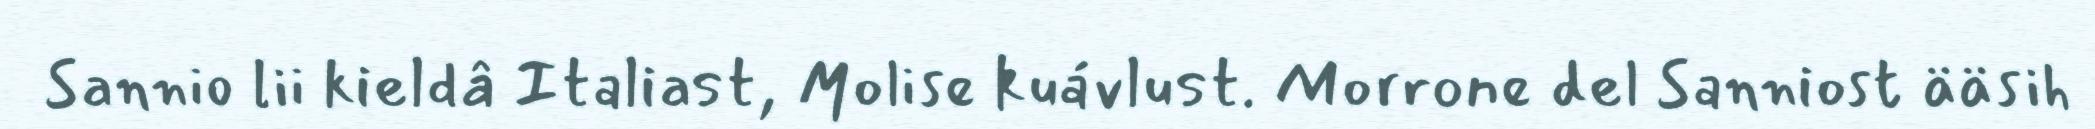
Sannio lii kieldâ Italiast, Molise kuávlust. Morrone del Sanniost ääsih